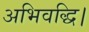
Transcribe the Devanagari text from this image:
अभिवद्धि।